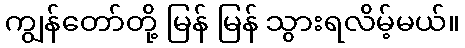
ကျွန်တော်တို့ မြန် မြန် သွားရလိမ့်မယ်။